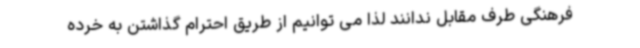
فرهنگی طرف مقابل ندانند لذا می توانیم از طریق احترام گذاشتن به خرده